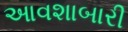
આવશાબારી